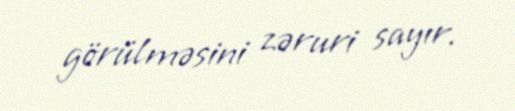
görülməsini zəruri sayır.